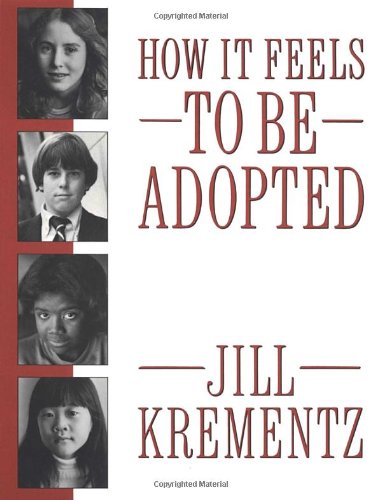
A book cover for How It Feels to Be Adopted; Jill Krementz; Parenting & Relationships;